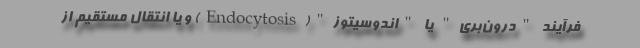
فرآیند "درون‌بری" یا "اندوسیتوز"(Endocytosis) و یا انتقال مستقیم از